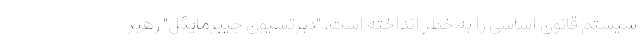
سیستم قانون اساسی را به خطر انداخته است. "دبرتسیون جیبرمایگل" رهبر